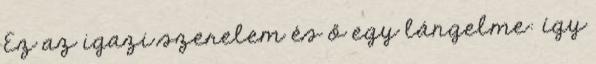
Ez az igazi szerelem és ő egy lángelme: így